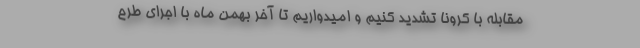
مقابله با کرونا تشدید کنیم و امیدواریم تا آخر بهمن ماه با اجرای طرح